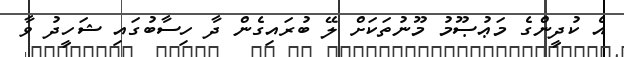
އެ ކުދީންގެ މަޢުޞޫމު މޫނުތަކަށް ލޭ ބުރައިގެން ދާ ހިސާބުގައި ޝަހީދު ވާ